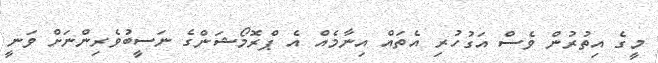
މީގެ އިތުރުން ވެސް އަގުހުރި އެތައް އިނާމެއް އެ ޕްރޮމޯޝަންގެ ނަސީބުވެރިންނަށް ވަނީ